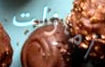
أمازلت